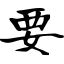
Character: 要